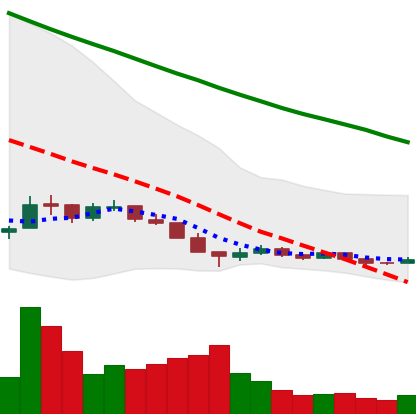
Ticker: ADA-USD
Chart end date: 2018-12-16
Forward return: 40.178%
Label: up_7plus